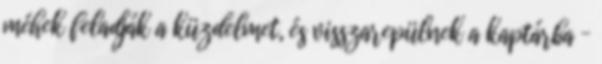
méhek feladják a küzdelmet, és visszarepülnek a kaptárba –